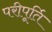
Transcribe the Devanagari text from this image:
परीपूर्ति